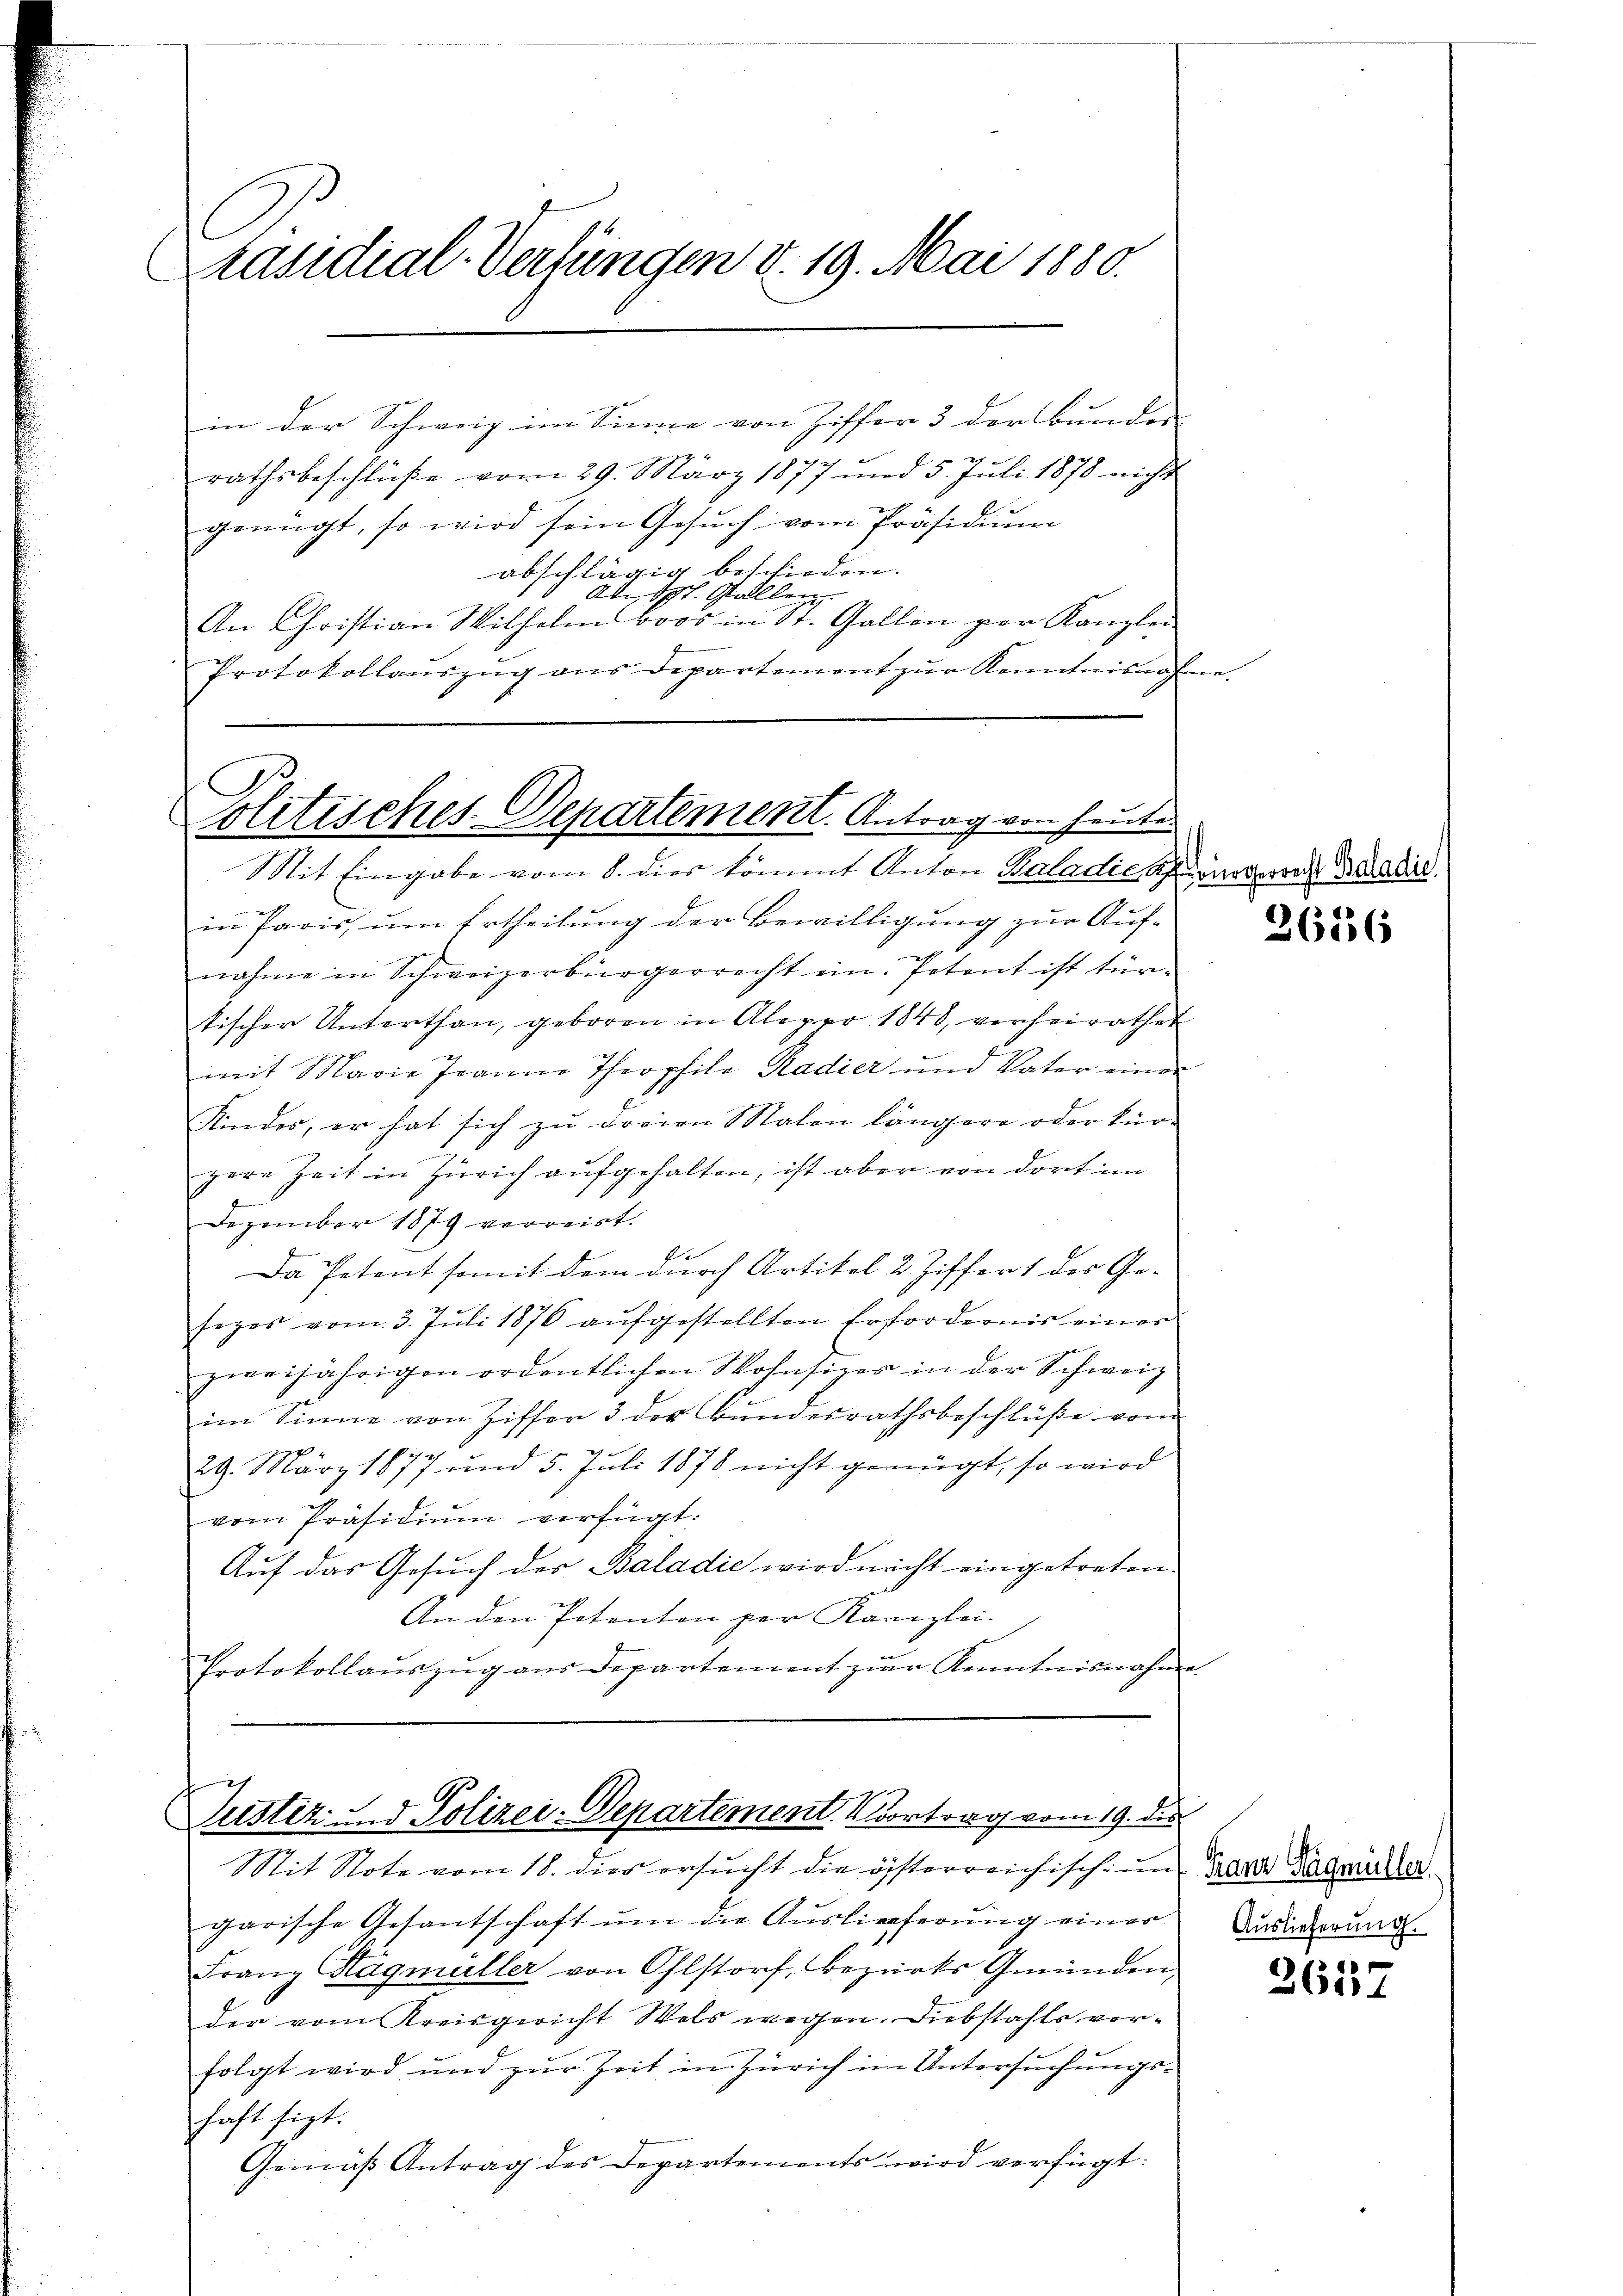
Präsidial-Verfungen d. 19. Mai 1880.

in der Schweiz im Sinne von Ziffer 3 der Bunder
rathsbeschlüße vom 29. März 1877 und 5. Juli 1878 nicht
genügt, so wird sein Gesŭch vom Präsidiŭm
abschlägig beschieden.
Ad., dh. Stallen
An Christian Wilhelm boos in St. Gallen par Kanzlei
Protokollaŭszŭg ans Departement zŭr Kenntnisnahme.

Po
outisches-Departement. Antrag von heute.
Mit Eingabe vom 8. dies kommt Anton Baladie Schargerrede Bekadire

in Paris, um Ertheilung der Bewilligung zur Aufnahme in Schweizerbürgerrecht ein. Petent ist tür-
tischer Unterthan, geboren in Alepro 1848, verheirathet
mit Marie Jeanne Theophila Radier und Vater einer
Kindes, er hat sich zu dreien Malen längere oder kürpere Zeit in Zürich aufgehalten, ist aber von dort im
Dezember 1879 verreist.
.
Da Petent somit dem durch Artikel 2 Ziffert des Ge-
seges vom 3. Juli 1876 aufgestellten Erfordernis einer
zweijährigen ordentlichen Wohnsizer in der Schweiz.
im Sinne von Ziffer 3 der Bundesrathsbeschlüße vom
29. März 1877 und 5. Juli 1878 nicht genügt, so wird
vom Präsidiŭm verfügt:
Auf das Gesuch des Baladie wird nicht eingetreten
An den Petenton per Kanzlei-
Protokollaŭszŭg aŭs Departement zŭr Kenntnisnahme

Justiz und Polizei-Departement. Vortrag vom 19. des
Mit Note vom 18. dies ersŭcht die österreichisch- und Zara Bageille

garische Gesantschaft ŭm die Aŭslieferŭng einer Aussagerŭng.
Franz Sagmüller von Ohlstorf, Bezirks Gmünden
der vom Kreisgericht Wels wegen. Diebstahls vorfolgt wird und zŭr Zeit in Zürich im Untersŭchŭngs-
haft sizt.
Gemäß Antrag des Departements wird verfügt:

26156

1
26111